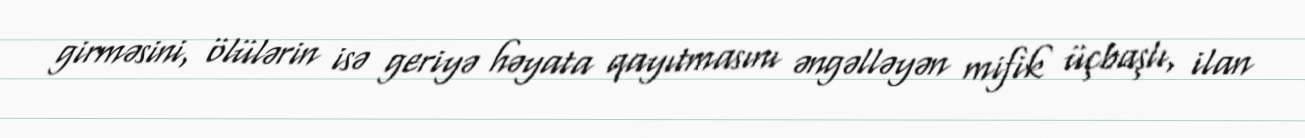
girməsini, ölülərin isə geriyə həyata qayıtmasını əngəlləyən mifik üçbaşlı, ilan